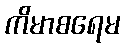
ကိမာစရေမ